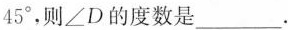
45^{\circ}，则\angle D的度数是___。